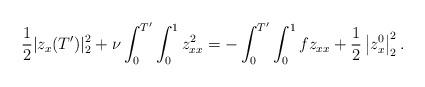
LaTeX: \begin{align*} \frac{1}{2} | z_x(T') |_2^2 + \nu \int_0^{T'} \int_0^1 z_{xx}^2 = - \int_0^{T'}\int_0^1 f z_{xx} + \frac{1}{2} \left|z^0_x\right|_2^2.\end{align*}